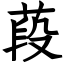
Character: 葮